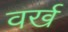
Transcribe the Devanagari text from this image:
वर्ख